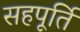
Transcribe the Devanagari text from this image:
सहपूर्ति